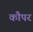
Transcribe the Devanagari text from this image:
कौपर